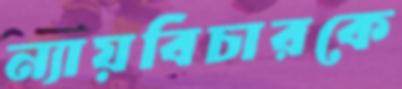
ন্যায়বিচারকে